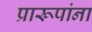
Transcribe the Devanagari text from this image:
प्रारूपांना